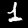
Digit: 1